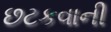
છટકવાની